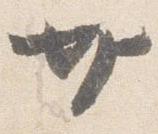
廿